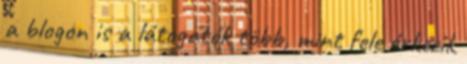
a blogon is a látogatók több, mint fele érkezik